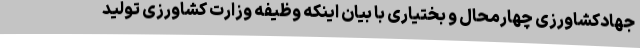
جهادکشاورزی چهارمحال و بختیاری با بیان اینکه وظیفه وزارت کشاورزی تولید